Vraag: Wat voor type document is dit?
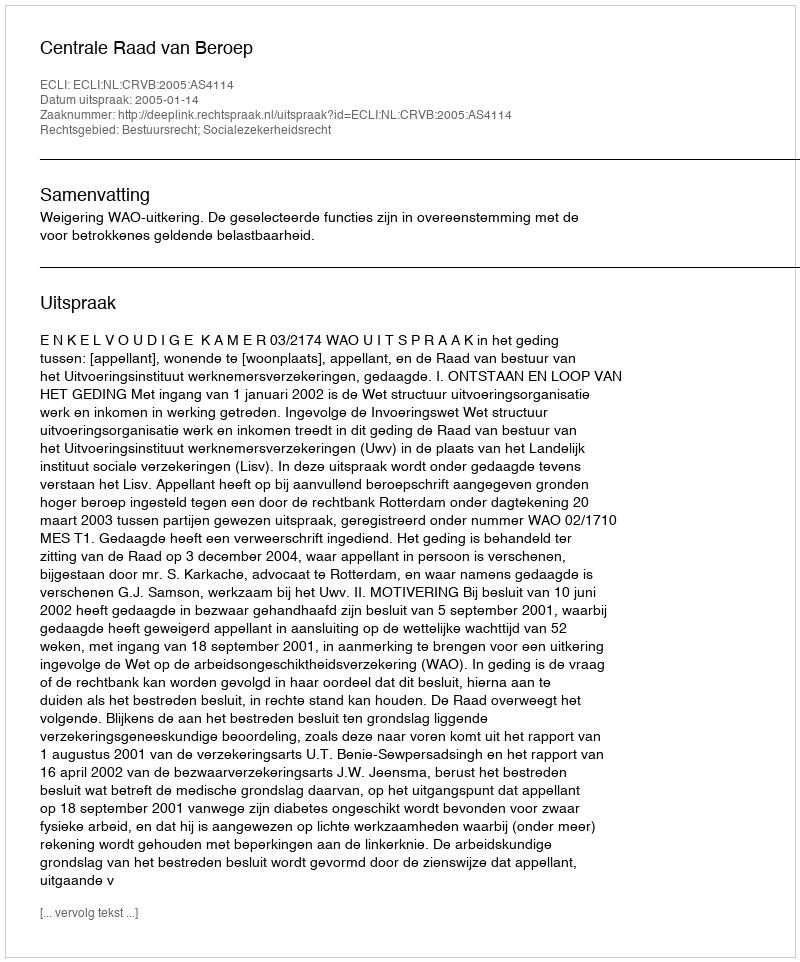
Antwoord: Uitspraak